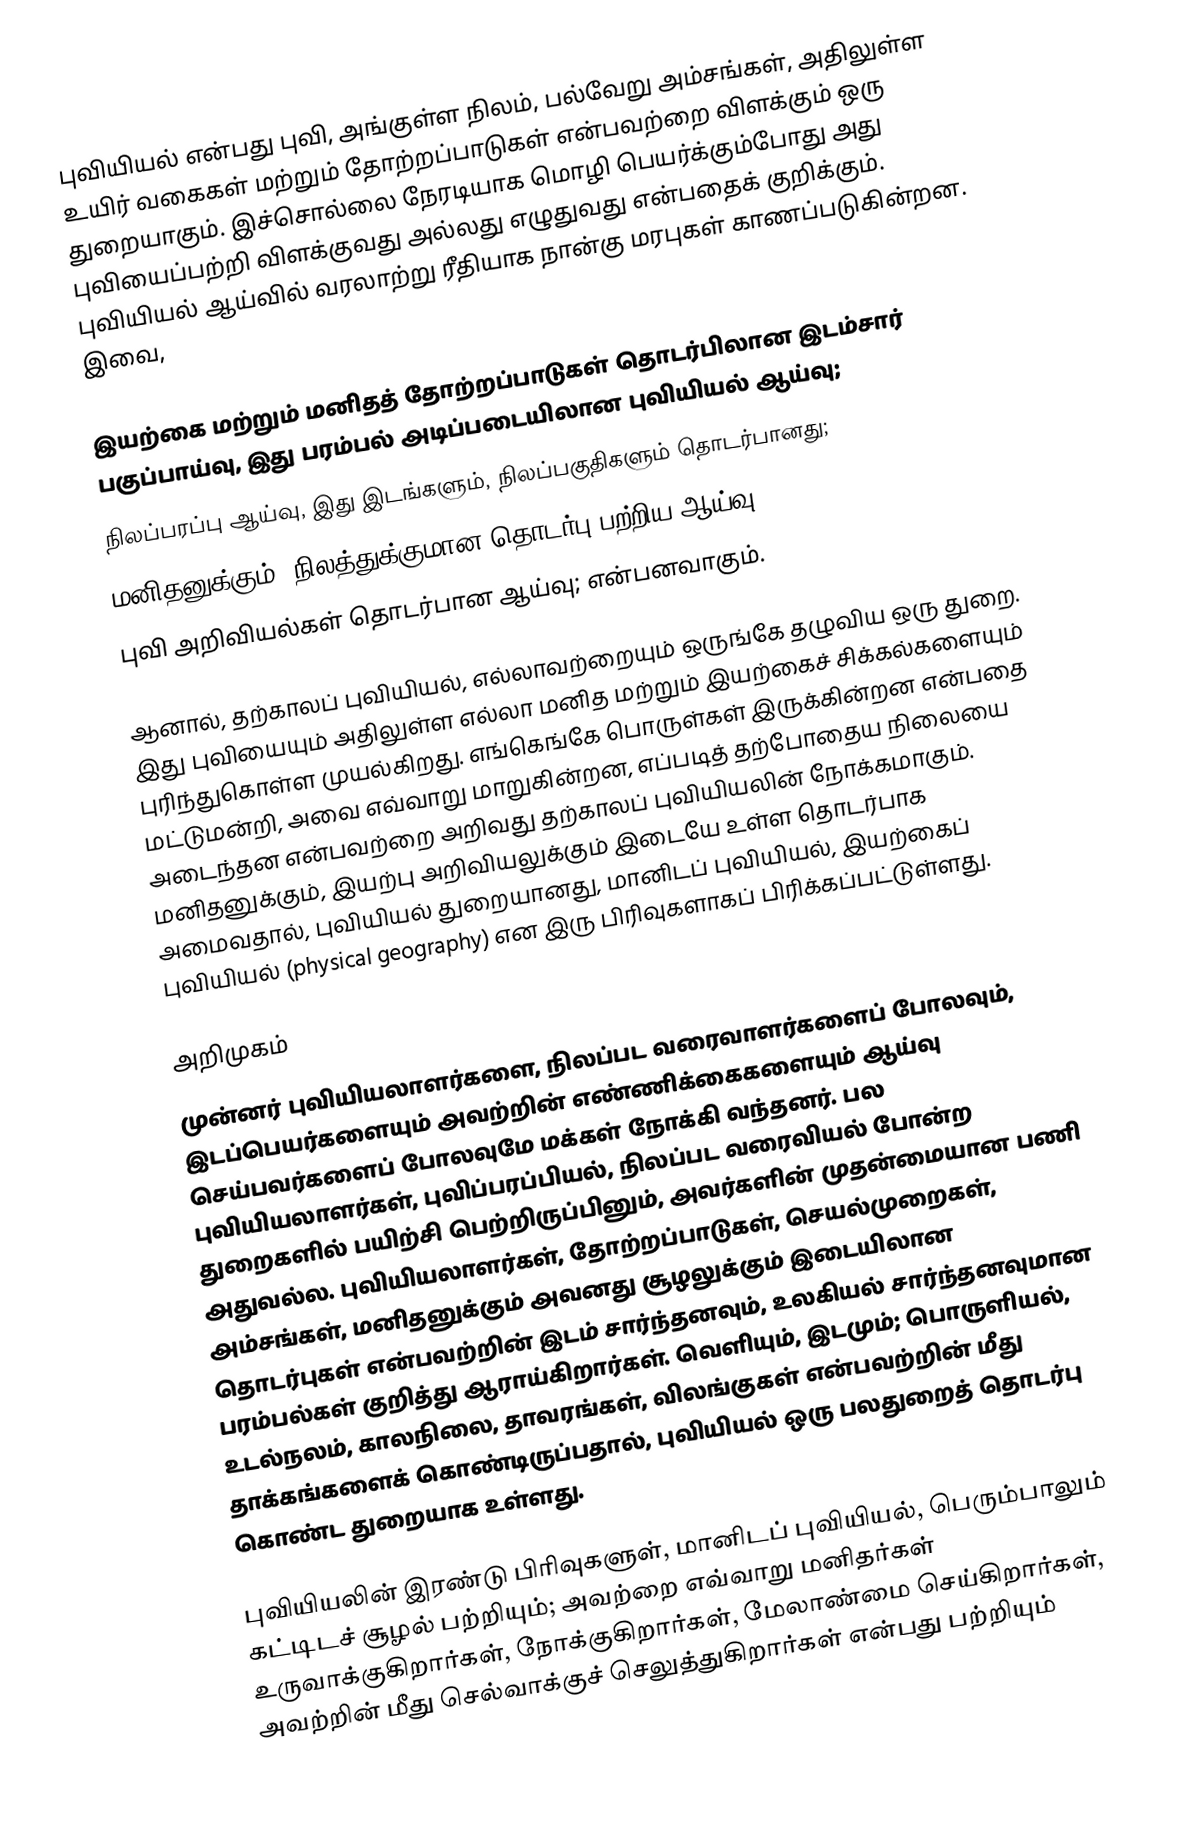
புவியியல் என்பது புவி, அங்குள்ள நிலம், பல்வேறு அம்சங்கள், அதிலுள்ள உயிர் வகைகள் மற்றும் தோற்றப்பாடுகள் என்பவற்றை விளக்கும் ஒரு துறையாகும். இச்சொல்லை நேரடியாக மொழி பெயர்க்கும்போது அது புவியைப்பற்றி விளக்குவது அல்லது எழுதுவது என்பதைக் குறிக்கும். புவியியல் ஆய்வில் வரலாற்று ரீதியாக நான்கு மரபுகள் காணப்படுகின்றன. இவை,

 இயற்கை மற்றும் மனிதத் தோற்றப்பாடுகள் தொடர்பிலான இடம்சார் பகுப்பாய்வு, இது பரம்பல் அடிப்படையிலான புவியியல் ஆய்வு;
 நிலப்பரப்பு ஆய்வு, இது இடங்களும், நிலப்பகுதிகளும் தொடர்பானது;
 மனிதனுக்கும், நிலத்துக்குமான தொடர்பு பற்றிய ஆய்வு;
 புவி அறிவியல்கள் தொடர்பான ஆய்வு; என்பனவாகும்.

ஆனால், தற்காலப் புவியியல், எல்லாவற்றையும் ஒருங்கே தழுவிய ஒரு துறை. இது புவியையும் அதிலுள்ள எல்லா மனித மற்றும் இயற்கைச் சிக்கல்களையும் புரிந்துகொள்ள முயல்கிறது. எங்கெங்கே பொருள்கள் இருக்கின்றன என்பதை மட்டுமன்றி, அவை எவ்வாறு மாறுகின்றன, எப்படித் தற்போதைய நிலையை அடைந்தன என்பவற்றை அறிவது தற்காலப் புவியியலின் நோக்கமாகும். மனிதனுக்கும், இயற்பு அறிவியலுக்கும் இடையே உள்ள தொடர்பாக அமைவதால், புவியியல் துறையானது, மானிடப் புவியியல், இயற்கைப் புவியியல் (physical geography) என இரு பிரிவுகளாகப் பிரிக்கப்பட்டுள்ளது.

அறிமுகம்
முன்னர் புவியியலாளர்களை, நிலப்பட வரைவாளர்களைப் போலவும், இடப்பெயர்களையும் அவற்றின் எண்ணிக்கைகளையும் ஆய்வு செய்பவர்களைப் போலவுமே மக்கள் நோக்கி வந்தனர். பல புவியியலாளர்கள், புவிப்பரப்பியல், நிலப்பட வரைவியல் போன்ற துறைகளில் பயிற்சி பெற்றிருப்பினும், அவர்களின் முதன்மையான பணி அதுவல்ல. புவியியலாளர்கள், தோற்றப்பாடுகள், செயல்முறைகள், அம்சங்கள், மனிதனுக்கும் அவனது சூழலுக்கும் இடையிலான தொடர்புகள் என்பவற்றின் இடம் சார்ந்தனவும், உலகியல் சார்ந்தனவுமான பரம்பல்கள் குறித்து ஆராய்கிறார்கள். வெளியும், இடமும்; பொருளியல், உடல்நலம், காலநிலை, தாவரங்கள், விலங்குகள் என்பவற்றின் மீது தாக்கங்களைக் கொண்டிருப்பதால், புவியியல் ஒரு பலதுறைத் தொடர்பு கொண்ட துறையாக உள்ளது.

புவியியலின் இரண்டு பிரிவுகளுள், மானிடப் புவியியல், பெரும்பாலும் கட்டிடச் சூழல் பற்றியும்; அவற்றை எவ்வாறு மனிதர்கள் உருவாக்குகிறார்கள், நோக்குகிறார்கள், மேலாண்மை செய்கிறார்கள், அவற்றின் மீது செல்வாக்குச் செலுத்துகிறார்கள் என்பது பற்றியும்